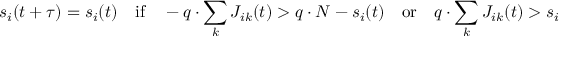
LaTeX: s _ { i } ( t + \tau ) = s _ { i } ( t ) \quad \mathrm { i f } \quad - q \cdot \sum _ { k } J _ { i k } ( t ) > q \cdot N - s _ { i } ( t ) \quad \mathrm { o r } \quad q \cdot \sum _ { k } J _ { i k } ( t ) > s _ { i }